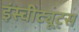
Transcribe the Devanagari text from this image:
इंस्चीट्यूट्स